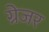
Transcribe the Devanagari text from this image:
ग्रेजर